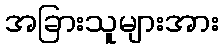
အခြားသူများအား